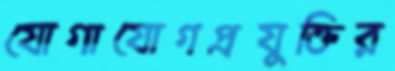
যোগাযোগপ্রযুক্তির